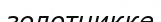
золотникке